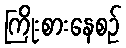
ကြိုးစားနေစဉ်